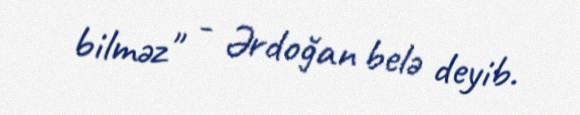
bilməz" - Ərdoğan belə deyib.